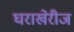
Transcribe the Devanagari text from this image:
घराखेरीज